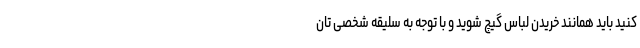
کنید باید همانند خریدن لباس گیچ شوید و با توجه به سلیقه شخصی تان